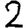
Digit: 2